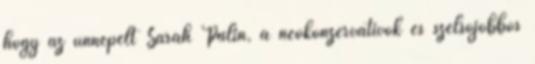
hogy az ünnepelt Sarah Palin, a neokonzervatívok és szélsőjobbos